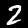
Digit: 2